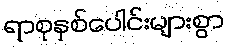
ရာစုနှစ်ပေါင်းများစွာ